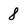
Character: 8